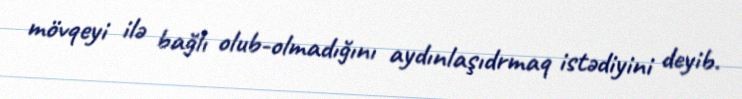
mövqeyi ilə bağlı olub-olmadığını aydınlaşıdrmaq istədiyini deyib.